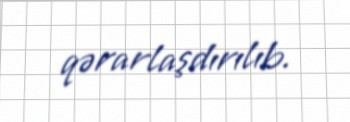
qərarlaşdırılıb.